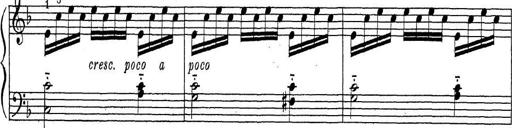
Title: ÄŒeskÃ© Sonatiny
Composer: Various